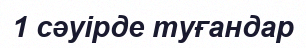
1 сәуірде туғандар